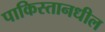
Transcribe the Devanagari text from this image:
पाकिस्तानधील